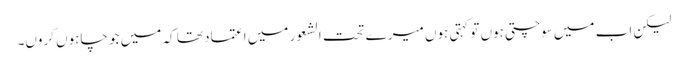
لیکن اب میں سوچتی ہوں تو کہتی ہوں میرے تحت الشعور میں اعتماد تھا کہ میں جو چاہوں کروں۔